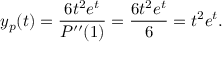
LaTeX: y _ { p } ( t ) = { \frac { 6 t ^ { 2 } e ^ { t } } { P ^ { \prime \prime } ( 1 ) } } = { \frac { 6 t ^ { 2 } e ^ { t } } { 6 } } = t ^ { 2 } e ^ { t } .